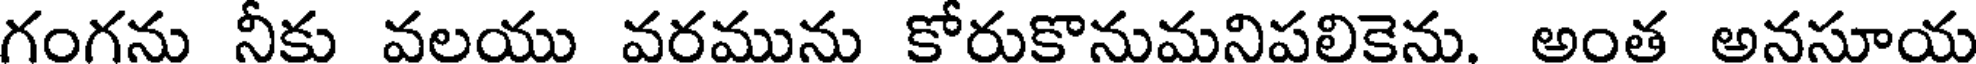
గంగను నీకు వలయు వరమును కోరుకొనుమనిపలికెను. అంత అనసూయ